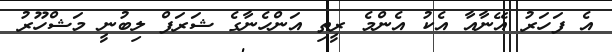
އެ ފަހަރު އޭނާއާ އެކު އެންމެ ރީތި އަންހެނާގެ ޝަރަފް ލިބުނީ މަޝްހޫރު